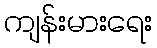
ကျန်းမားရေး